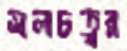
মলচত্বর